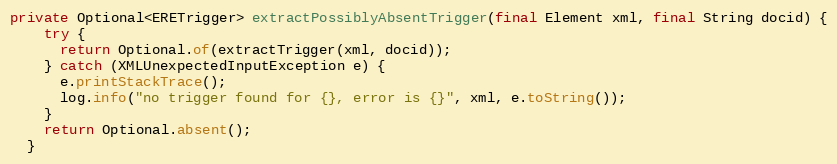
Language: Java
private Optional<ERETrigger> extractPossiblyAbsentTrigger(final Element xml, final String docid) {
    try {
      return Optional.of(extractTrigger(xml, docid));
    } catch (XMLUnexpectedInputException e) {
      e.printStackTrace();
      log.info("no trigger found for {}, error is {}", xml, e.toString());
    }
    return Optional.absent();
  }